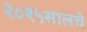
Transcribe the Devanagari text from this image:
२०१५सालचे